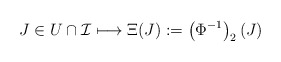
\begin{align*}J\in U\cap\mathcal I\longmapsto \Xi(J):=\left (\Phi^{-1}\right )_2(J)\end{align*}